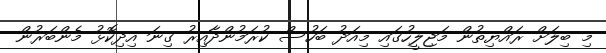
މި ބިލަށް ރައްޔިތުން މަޖިލީހުގައި މިއަދު ބަހުސް ކުރަމުންދާއިރު ގިނަ އިދިކޮޅު މެންބަރުން